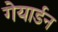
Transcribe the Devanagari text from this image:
गेयार्डन